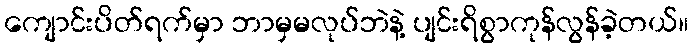
ကျောင်းပိတ်ရက်မှာ ဘာမှမလုပ်ဘဲနဲ့ ပျင်းရိစွာကုန်လွန်ခဲ့တယ်။